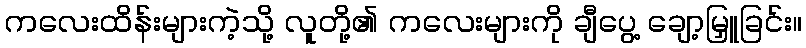
ကလေးထိန်းများကဲ့သို့ လူတို့၏ ကလေးများကို ချီပွေ့ ချော့မြှူခြင်း။